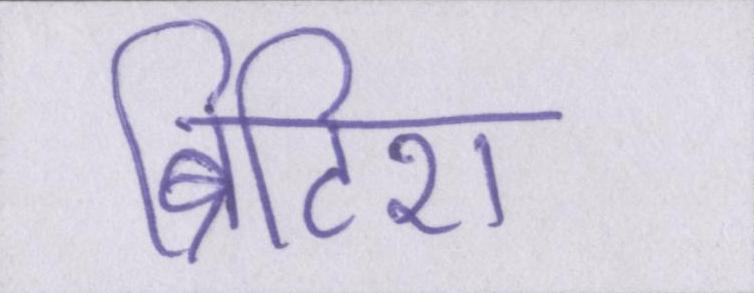
ब्रिटिश